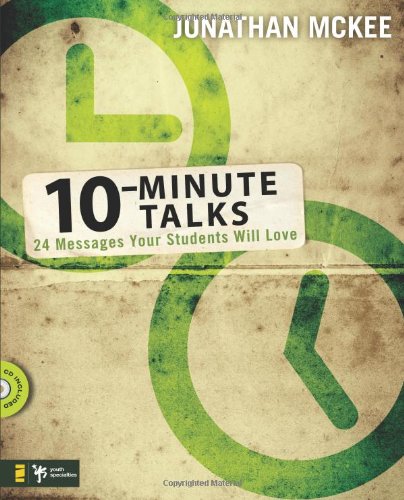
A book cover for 10-Minute Talks: 24 Messages Your Students Will Love; Jonathan McKee; Christian Books & Bibles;